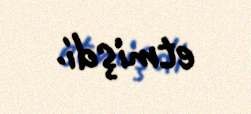
etmişdi.